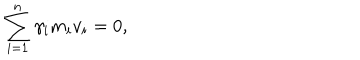
\sum _ { i = 1 } ^ { n } \gamma _ { i } m _ { i } v _ { i } = 0 ,